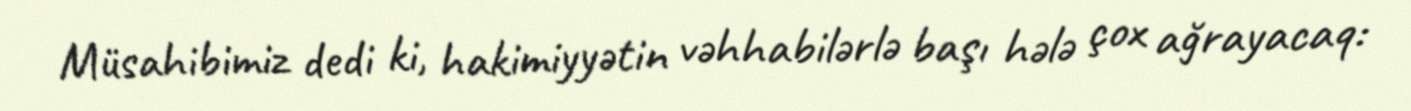
Müsahibimiz dedi ki, hakimiyyətin vəhhabilərlə başı hələ çox ağrayacaq: